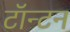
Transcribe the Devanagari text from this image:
टॉन्टन